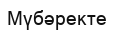
Мүбәректе